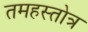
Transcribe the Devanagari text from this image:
तमहस्तोत्र